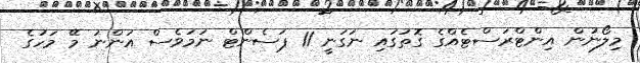
މިލޯނުން އިންޓްރަސްޓެއްގެ ގޮތުގައި ނަގަނީ 11 ޕަސެންޓް ނަމަވެސް އަންނަ މޭ މަހުގެ